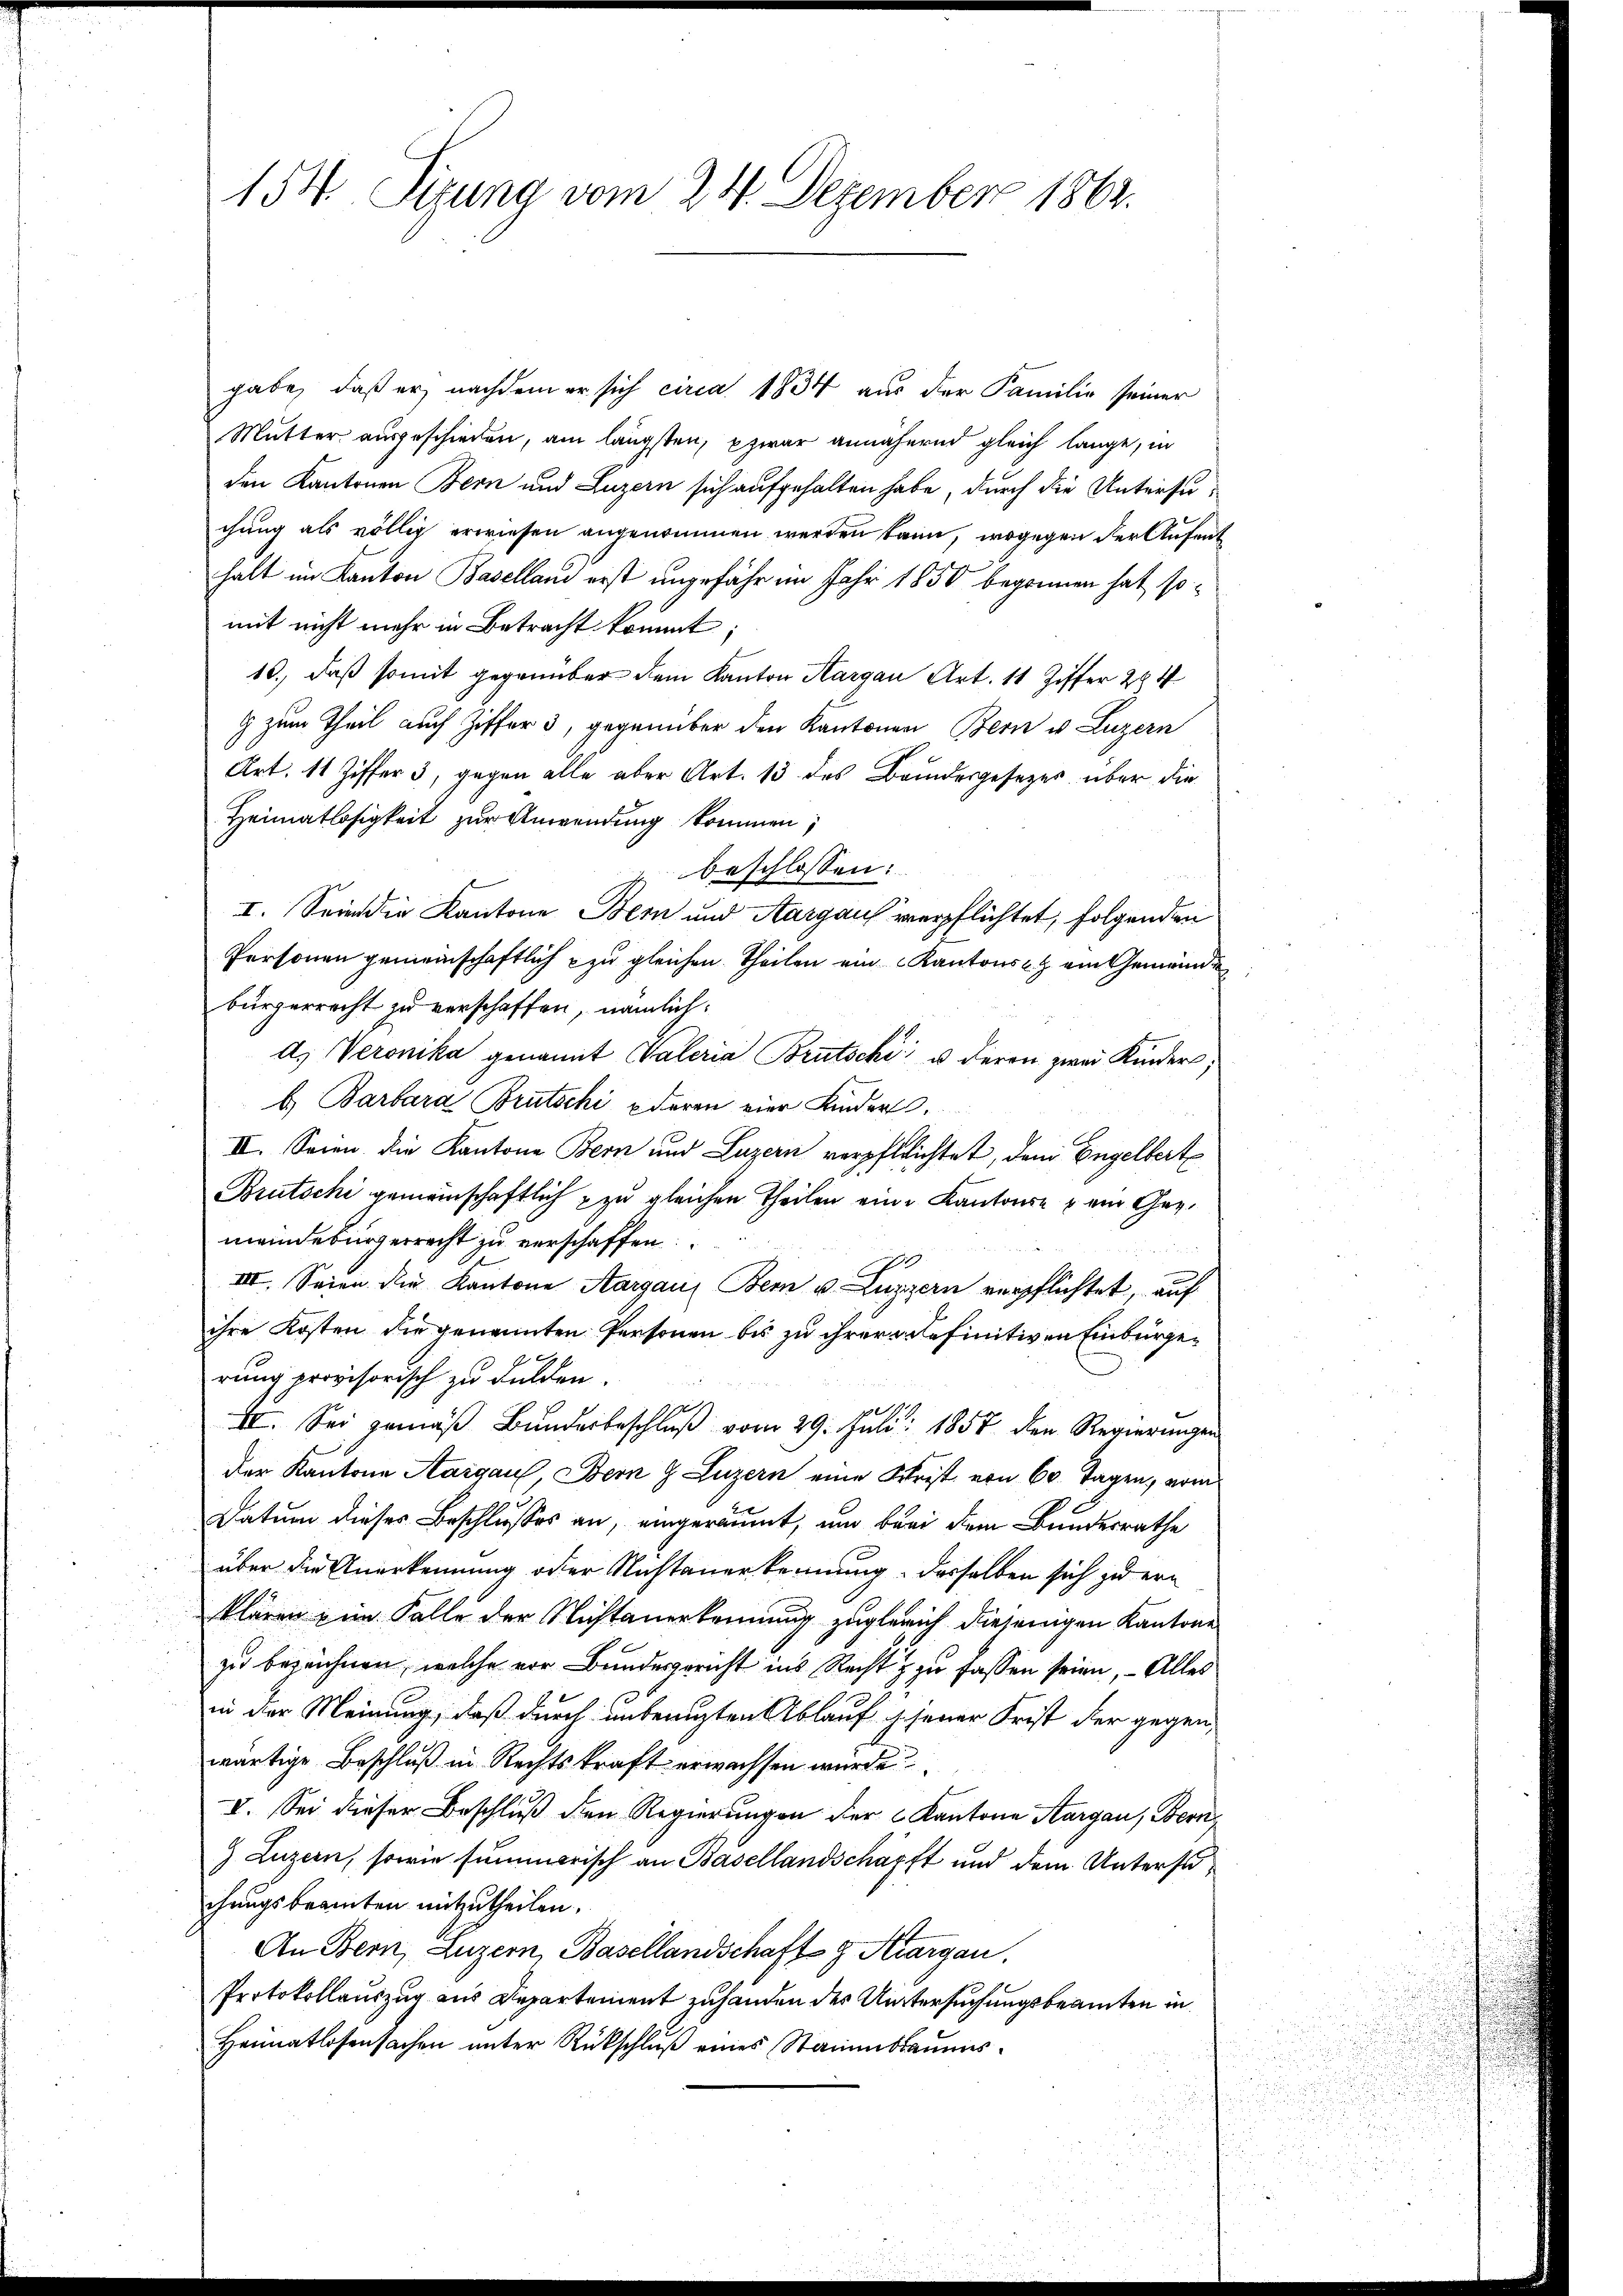
154. Sitzung vom 24. Dezember 1862.

gabe, daß er nachdem er sich circa 1834 aus der Familie seiner
Mutter ausgeschieden, am längsten, zwar annähernd gleich lange, in
den Kantonen Bern und Luzern sich aufgehalten habe, durch die Untersuchung als völlig erwiesen angenommen werden kann, wogegen der Aufent
halt im Kanton Baselland erst ungefähr im Jahr 1850 begonnen hat, somit nicht mehr in Betracht kommt;
10.) daß somit gegenüber dem Kanton Aargau Art. 11 Ziffer 284
G zum Theil auch Ziffer 3, gegenüber den Kantonen Bern u. Luzern
Art. 11 Ziffer 3, gegen alle aber Art. 13 des Brudergesetzes über die
Heimatlosigkeit zur Anwendung kommen;
beschlossen:
I. Sein die Kantone Bern und Aargaus verpflichtet, folgenden
Personen gemeinschaftlich zu gleichen Theilen ein Kantons ein Gemeinde
bürgerrecht zu verschaffen, nämlich:
d. Veronika genannt Valeria Brutschi u deren zwei Kinder;
b.) Barbara Brutschi deren vier Kinder.
II. Seien die Kantone Bern und Luzern verpflichtet, dem Engelbert
Brutschi gemeinschaftlich & zu gleichen Theilen eine Kantone ein Gegmeindebürgerrecht zu verschaffen
n
III. Seien die Kantone Aargau, Bern u. Luzern verpflichtet, auf
ihre Kosten die genannten Personen bis zu ihrer alefinitiven Einbürgerung provisorisch zu dulden.
XI. Sei gemäß Bundesbeschluß vom 29. Juli 1857 den Regierungen
der Kantone Aargau, Bern g Luzern eine Schrist von 60 Tagen, vom
Datum dieses Beschlusses an, eingeräumt, und beri dem Bundesrathe
über die Anerkennung oder Nachtanerkennung, dasselben sich zu ern
klären, im Falle der Nichtanerkennung zuglerich diejenigen Kantone
zu bezeichnen, welche vor Bundesgericht ins Recht & zu fassen seien, – Alles
in der Meinung, daß durch unbenuzten Ablauf jener Frist der gegenwärtige Beschluß in Rechtskraft erwachsen würde
V. Sei dieser Beschluß den Regierungen der Kantone Aargau, Bern,
) Luzern, sowie summarisch an Basellandschöpft und dem Untersuchungsbeamten mitzutheilen.
An Bern, Luzern, Basellandschaft z. Kargau.
Protokollauszug aus Departement zuhanden der Untersuchungsbeamten in
Heimatlosensachen unter Rückschluß eines Stammbaumes¬